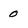
Character: 0